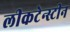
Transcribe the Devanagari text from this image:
लीकटेन्स्टीन